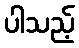
ပါသည့်